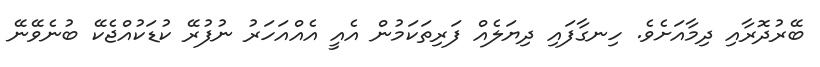
ބޭރުދޮރާއި ދިމާއަށެވެ. ހިނގާފައި ދިޔަލެއް ފަރިތަކަމުން އެއީ އެއްއަހަރު ނުފުރޭ ކުޑަކުއްޖެކޭ ބުނެވޭނޭ